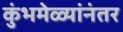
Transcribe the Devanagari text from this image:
कुंभमेळ्यांनंतर